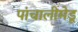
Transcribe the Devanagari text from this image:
पांचालीमेडू